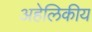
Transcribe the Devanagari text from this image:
अहेलिकीय